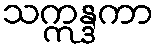
သဣန္ဒကာ